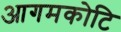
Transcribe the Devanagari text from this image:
आगमकोटि